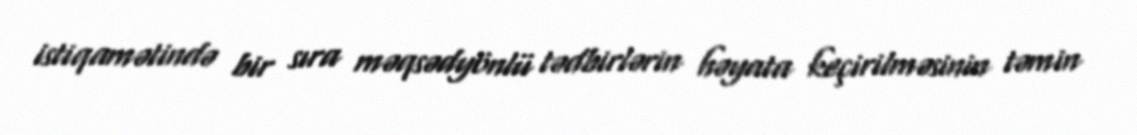
istiqamətində bir sıra məqsədyönlü tədbirlərin həyata keçirilməsinin təmin